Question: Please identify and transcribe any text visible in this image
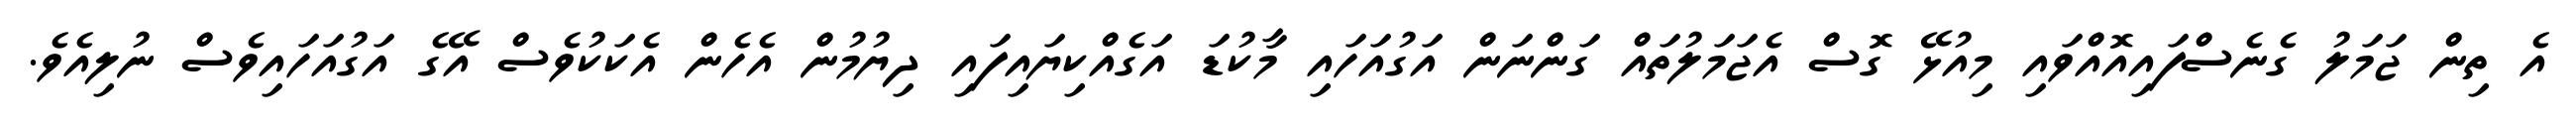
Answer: އެ ތިން ޖަމަލު ގެނެސްފައިއޮއްވައި މިއުޅޭ ގޮސް އެޖަމަލުތައް ގަންނަން އަގުއަހައި މާކުޑަ އަގެއްކިޔައިފައި ދިޔުމުން އެހެން އެކަކުވެސް އޭގެ އަގުއަހައިވެސް ނުލިއެވެ.